Kambja_algkool, lk 44
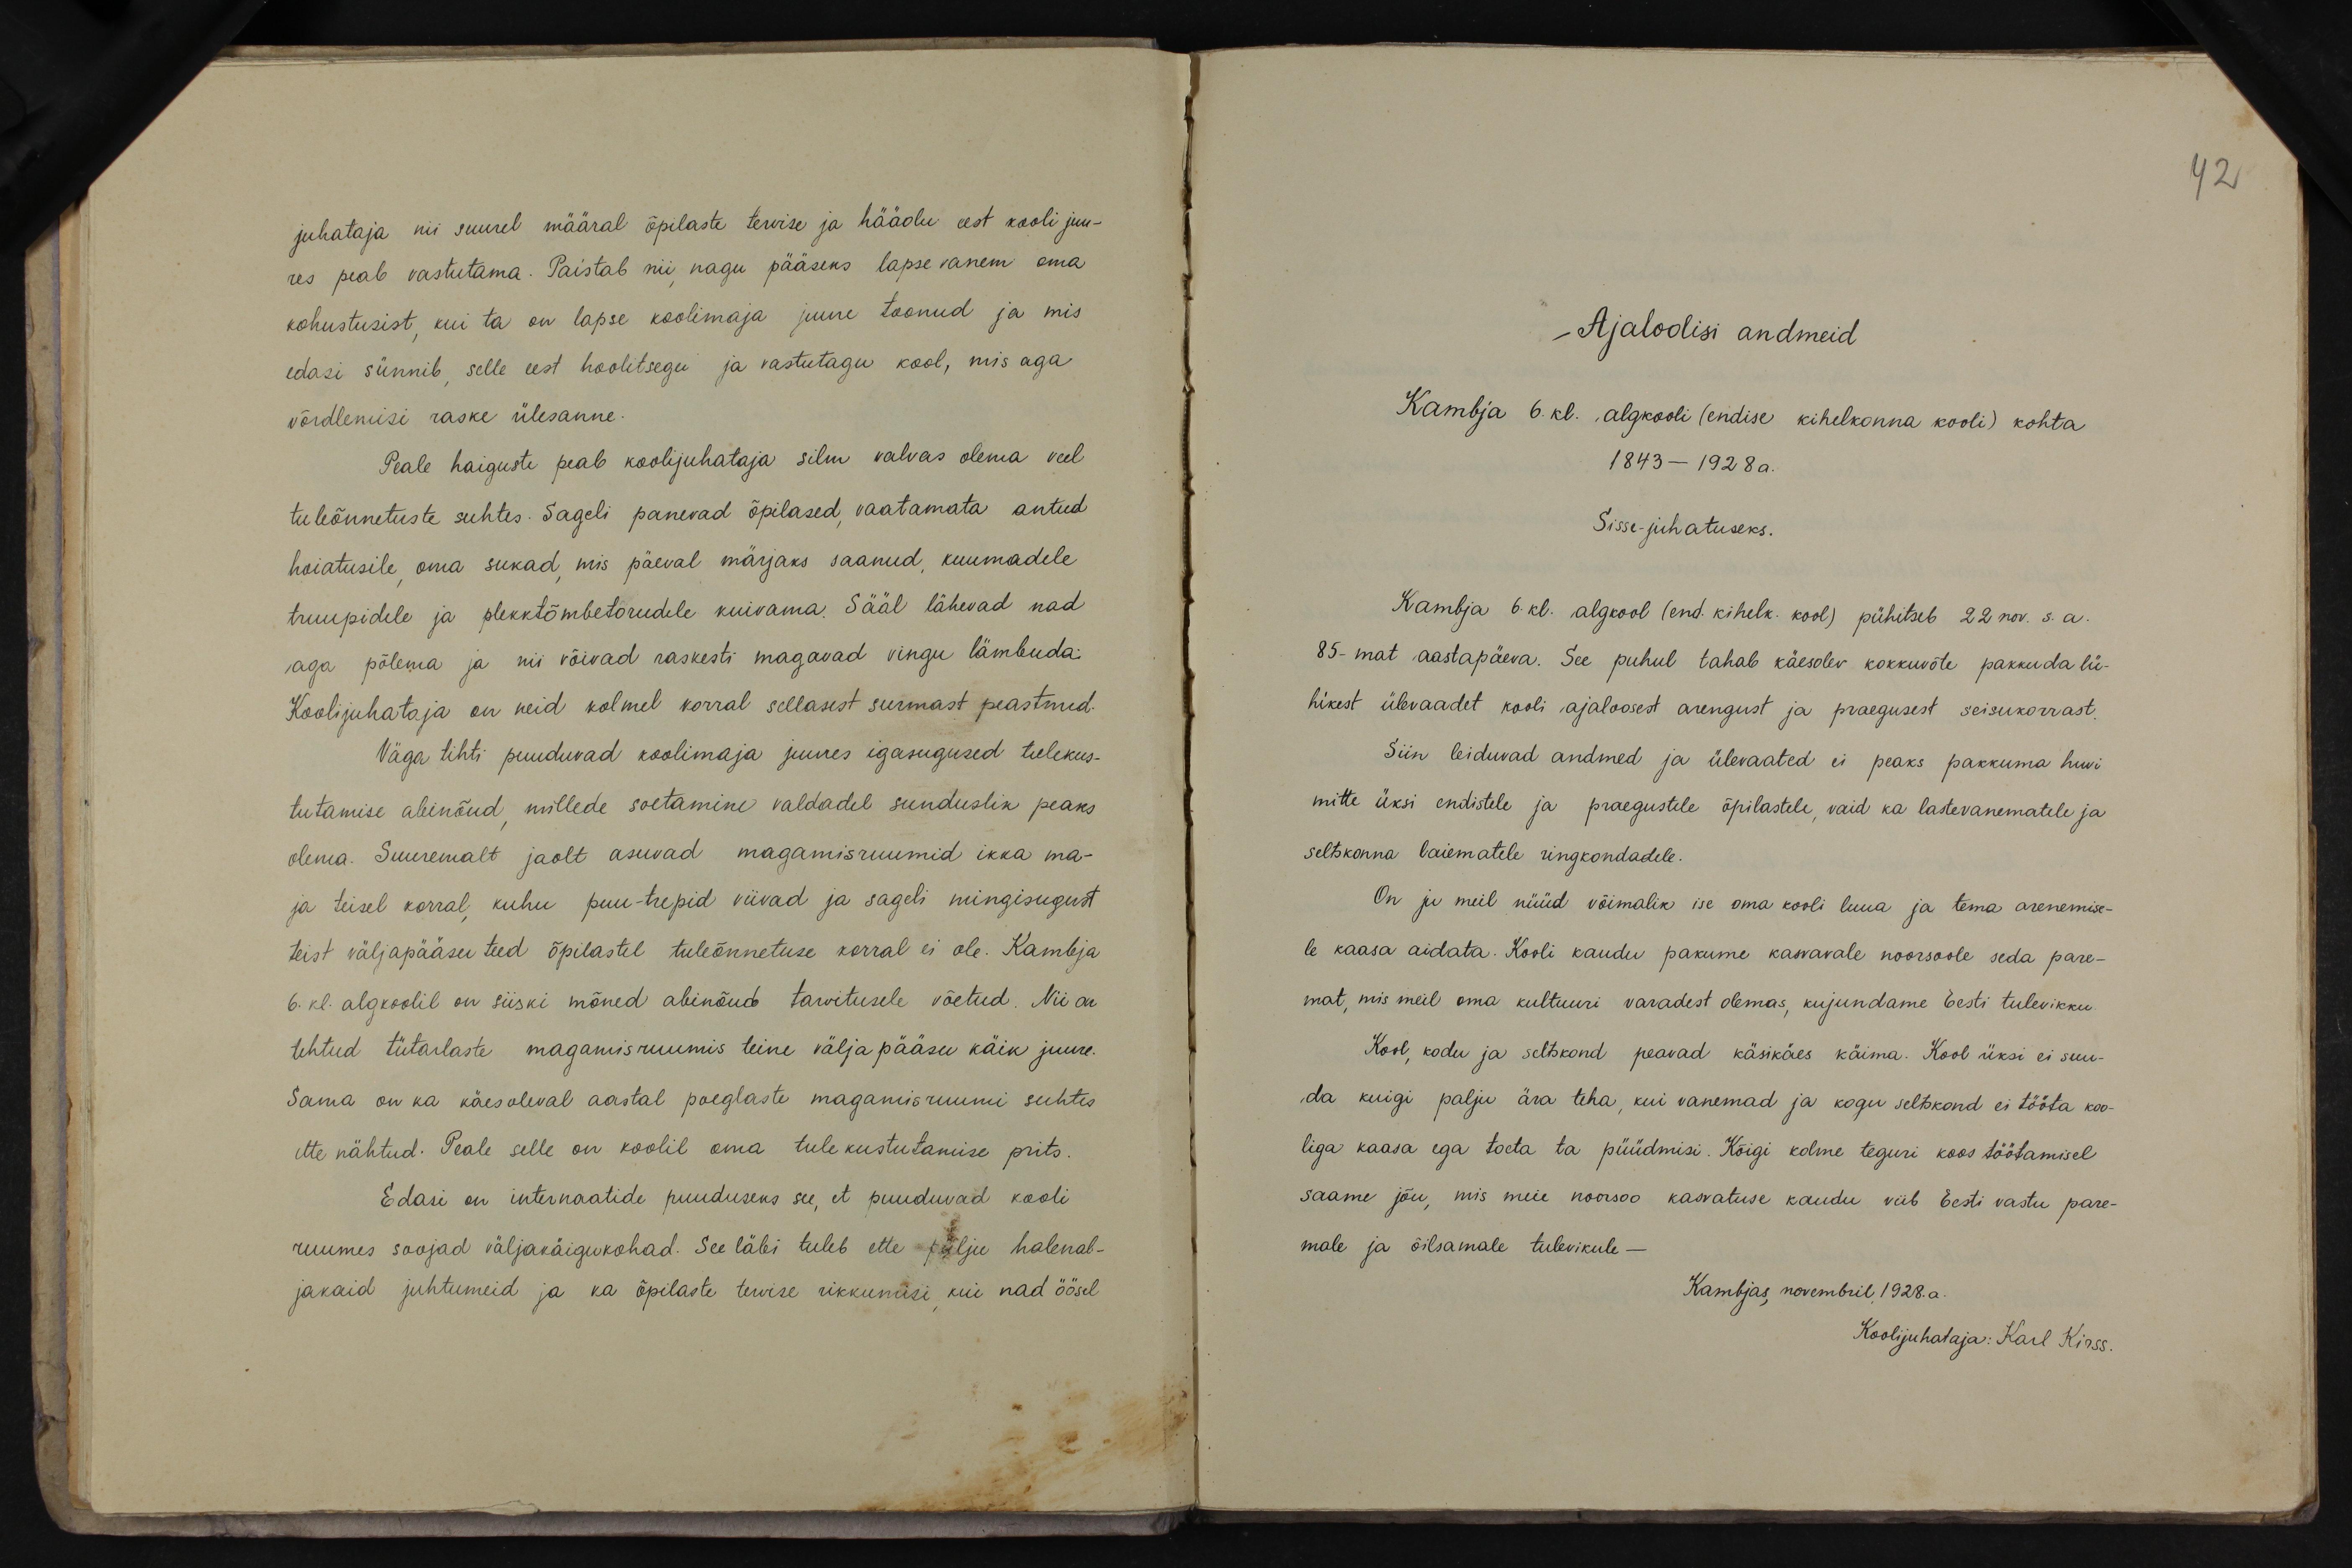
42

juhataja nii suurel määral õpilaste tervise ja hääolu eest kooli juu-
res peab vastutama. Paistab nii nagu pääseks lapse vanem oma
kohustusist, kui ta on lapse koolimaja juure toonud ja mis
edasi sünnib selle eest hoolitsegu ja vastutagu kool, mis aga
võrdlemisi raske ülesanne.
Peale haiguste peab koolijuhataja silm valvas olema veel
tuleõnnetuste suhtes. Sageli panevad õpilased vaatamata antud
hoiatusile oma sukad, mis päeval märjaks saanud, kuumadele
truupidele ja plekktõmbetorudele kuivama. Sääl lähevad nad
aga põlema ja nii võivad raskesti magavad vingu lämbuda.
Koolijuhataja on neid kolmel korral sellasest surmast peastnud.
Väga tihti puuduvad koolimaja juures igasugused tulekus-
tutamise abinõud millede soetamine valdadel sunduslik peaks
olema. Suuremalt jaolt asuvad magamisruumid ikka ma-
ja teisel korral kuhu puu-trepid viivad ja sageli mingisugust
teist väljapääsu teed õpilastel tuleõnnetuse korral ei ole. Kambja
6. kl. algkoolil on siiski mõned abinõud tarvitusele võetud. Nii on
tehtud tütarlaste magamisruumis teine välja pääsu käik juure.
Sama on ka käesoleval aastal poeglaste magamisruumi suhtes
ette nähtud. Peale selle on koolil oma tulekustutamise prits.
Edasi on internaatide puuduseks see, et puuduvad kooli
ruumes soojad väljakaigukohad. See läbi tuleb ette põlju halenal-
jakaid juhtumeid ja ka õpilaste tewise rikkumisi kui nad öösel

Ajaloolisi andmeid
Kambja 6. kl. algkooli (endise kihelkonna kooli) kohta
1843-1928 a.
Sisse-juhatuseks.
Kambja 6. kl. algeool (end. kihelk. kool) pühitseb 22 nov. s.a.
85-mat aastapäeva. See puhul tahab käesolev kokkuvate pakkuda lü-
hikest ülevaadet kooli ajaloosest arengust ja praegusest seisukorrast.
Siin leiduvad andmed ja ülevaated ei peaks pakkuma huvi-
mitte üksi endistele ja praegustele õpilastele, vaid ka lastevanematele ja
seltskonna laiematele ringkondadele.
On ju meil nüüd võimalik ise oma kooli luua ja tema arenemise-
le kaasa aidata. Kooli kaudu pakume kasvavale noorsoole seda pare-
mat, mis meil oma kultuuri varadest olemas, kujundame Eesti tulevikku,
Kool, kodu ja seltskond peavad käsikäes käima. Kool üksi ei suu-
da kuigi palju ära teha, kui vanemad ja kogu seltskond ei tööta koo-
liga kaasa ega toeta ta püüdmisi. Kõigi kolme teguri koos töötamisel
saame jõu, mis meie noorsoo kasvatuse kaudu viib Eesti vastu pare-
male ja õilsamale tulevikule -
Kambjas, novembril, 1928. a.
Koolijuhataja: Karl Kirss.